65_HS1-834228961_62-HQ-83894_Section_1
Agency: FBI
Page 107
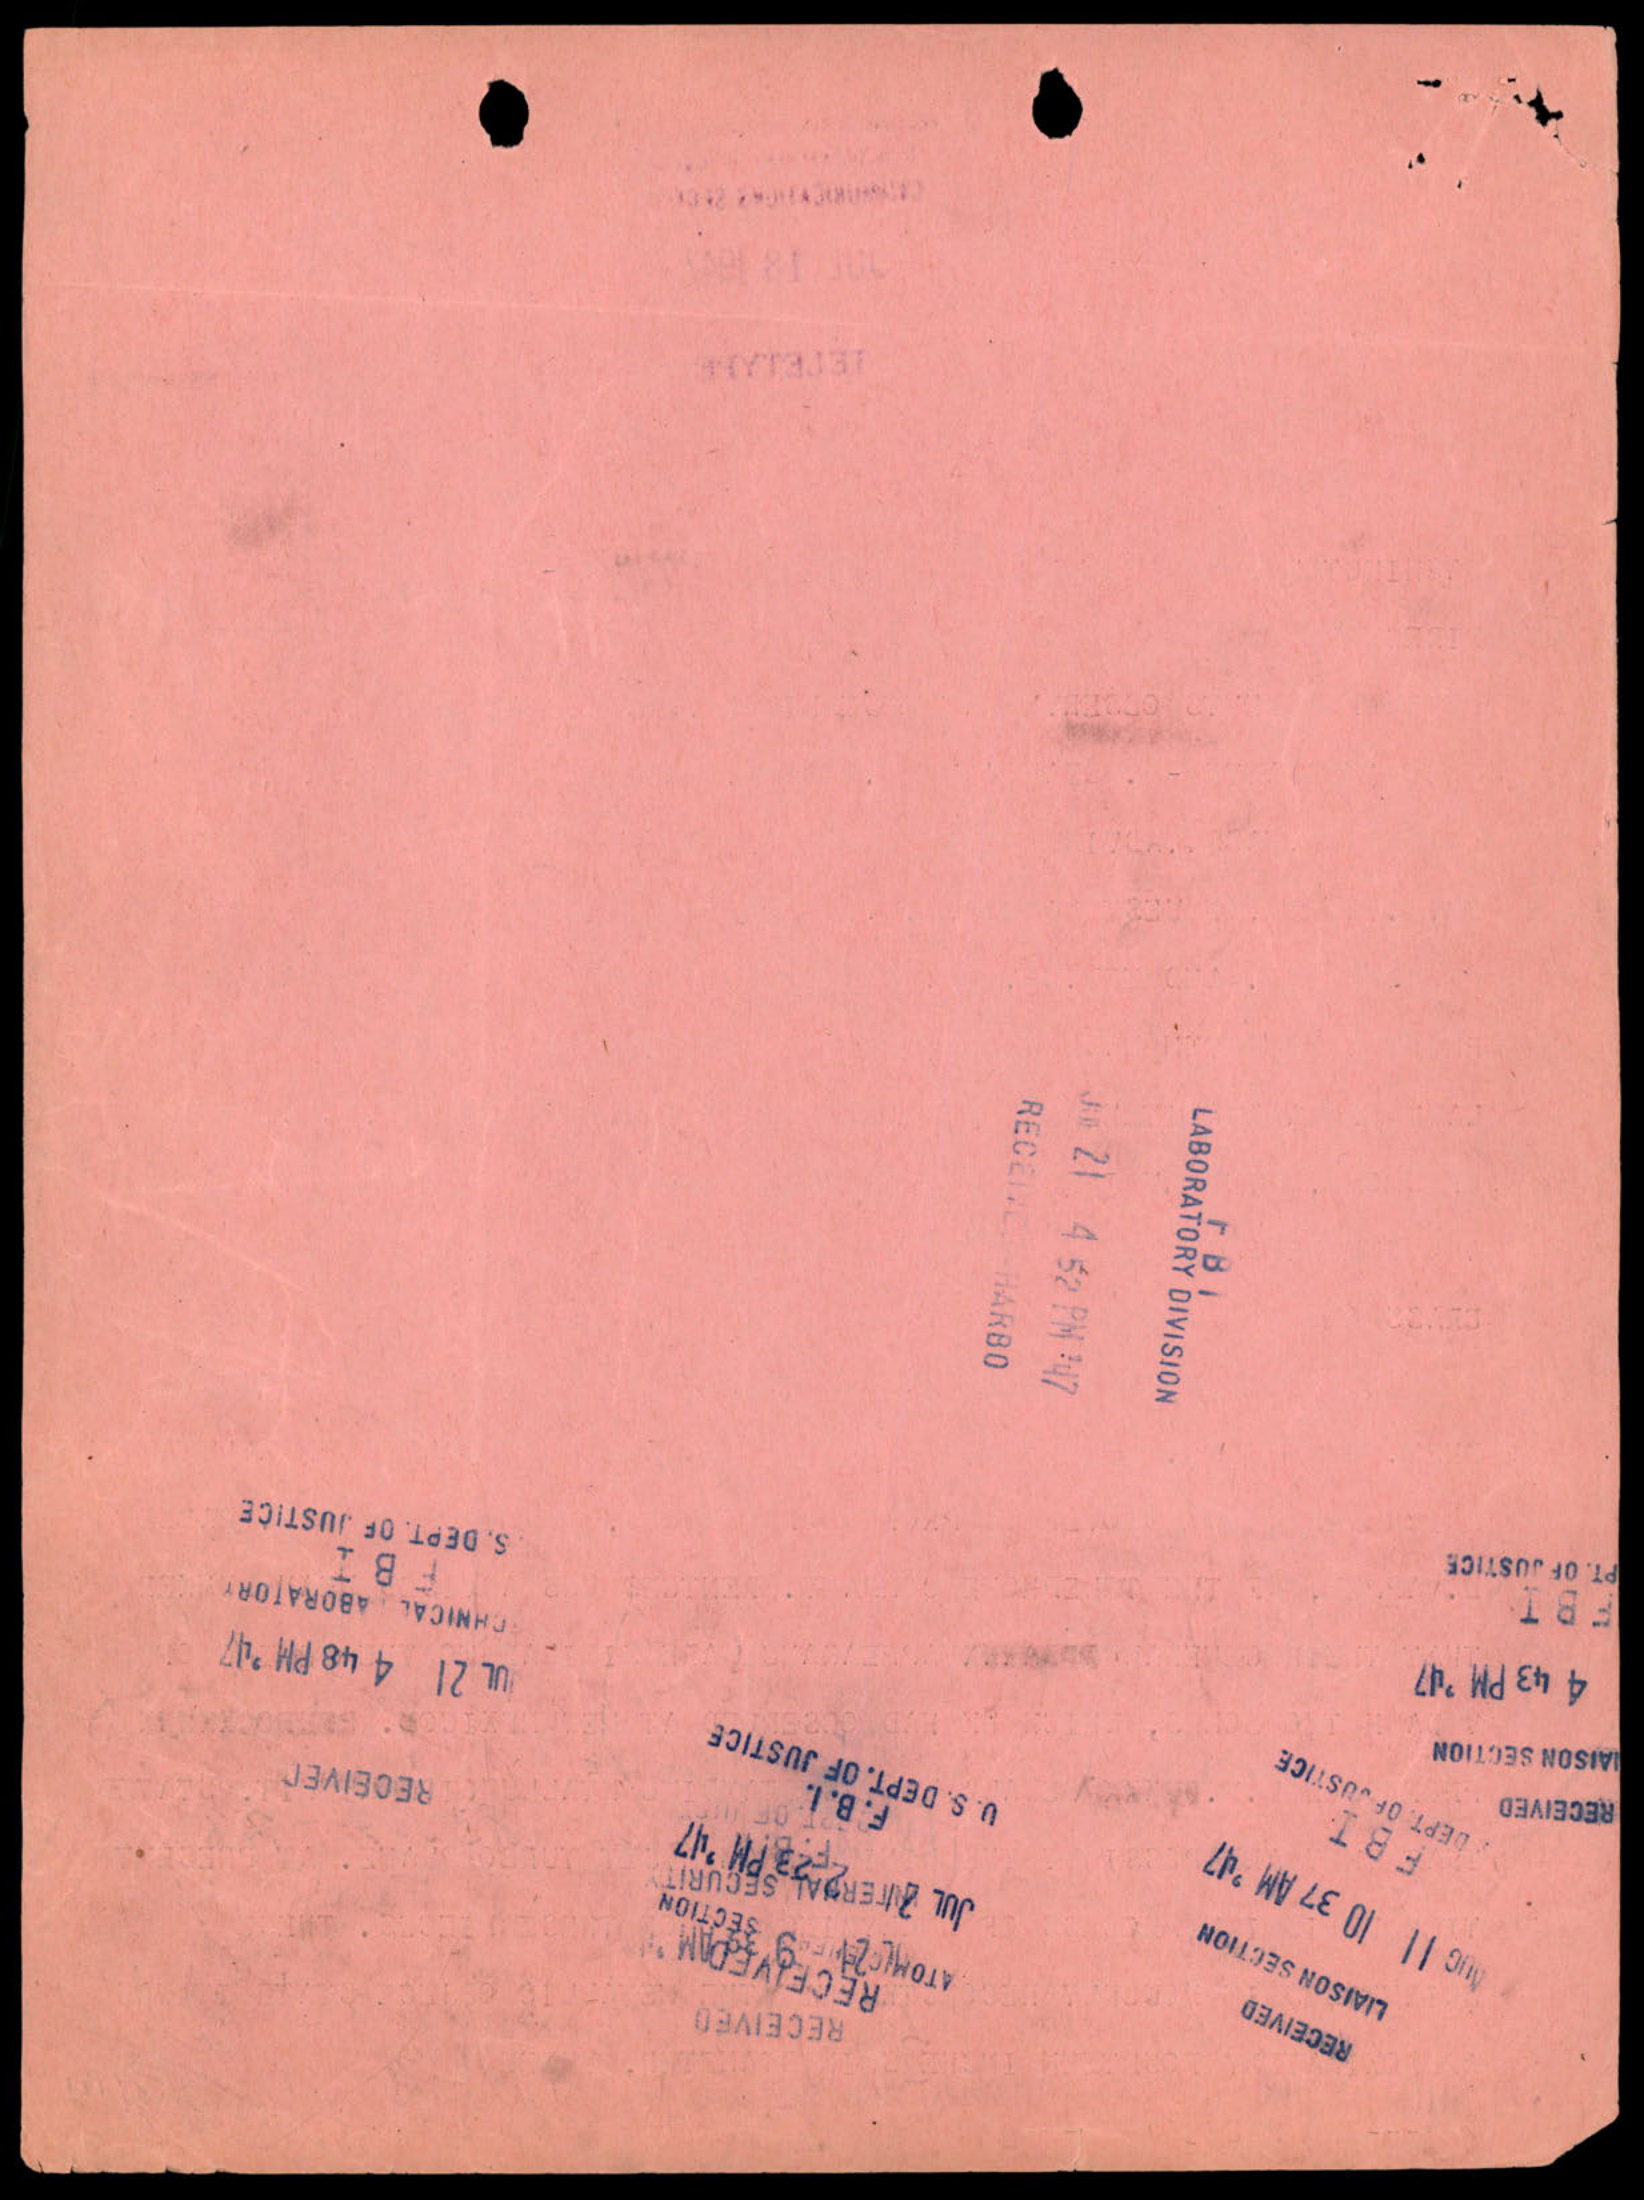